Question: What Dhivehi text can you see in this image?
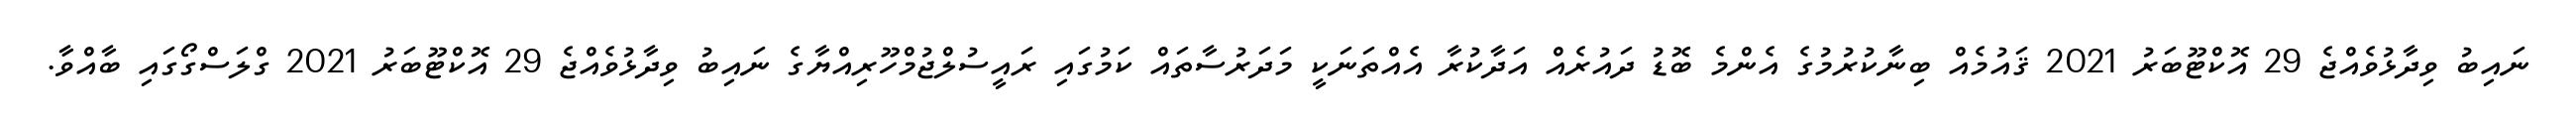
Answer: ނައިބު ވިދާޅުވެއްޖެ 29 އޮކްޓޫބަރު 2021 ޤައުމެއް ބިނާކުރުމުގެ އެންމެ ބޮޑު ދައުރެއް އަދާކުރާ އެއްތަނަކީ މަދަރުސާތައް ކަމުގައި ރައީސުލްޖުމްހޫރިއްޔާގެ ނައިބު ވިދާޅުވެއްޖެ 29 އޮކްޓޫބަރު 2021 ގްލަސްގޯގައި ބާއްވާ.